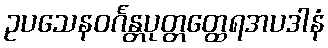
ဥပသေနဝင်္ဂန္တပုတ္တတ္ထေရအပဒါနံ